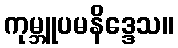
ကုမ္ဘူပမနိဒ္ဒေသ။